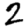
Digit: 2